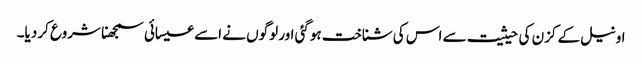
اونیل کے کزن کی حیثیت سے اس کی شناخت ہوگئی اور لوگوں نے اسے عیسائی سمجھنا شروع کر دیا۔